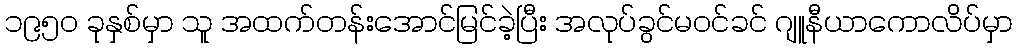
၁၉၅၀ ခုနှစ်မှာ သူ အထက်တန်းအောင်မြင်ခဲ့ပြီး အလုပ်ခွင်မဝင်ခင် ဂျူနီယာကောလိပ်မှာ